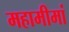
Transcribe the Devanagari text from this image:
महामीमां